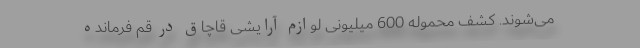
می‌شوند. کشف محموله 600 میلیونی لوازم آرایشی قاچاق در قم فرمانده